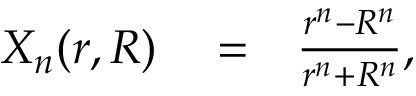
\begin{array} { r l r } { X _ { n } ( r , R ) } & { { } = } & { \frac { r ^ { n } - R ^ { n } } { r ^ { n } + R ^ { n } } , } \end{array}